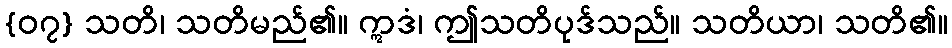
{၀၇} သတိ၊ သတိမည်၏။ ဣဒံ၊ ဤသတိပုဒ်သည်။ သတိယာ၊ သတိ၏။